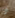
ان